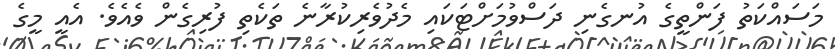
މަސައްކަތު ފަންތީގެ އުނގެނި ދަސްވުމަށްޓަކައި މެދުވެރިކުރާނެ ތަކެތި ފުރިގެން ވެއެވެ. އެއީ މީގެ